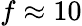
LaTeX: f\approx 10